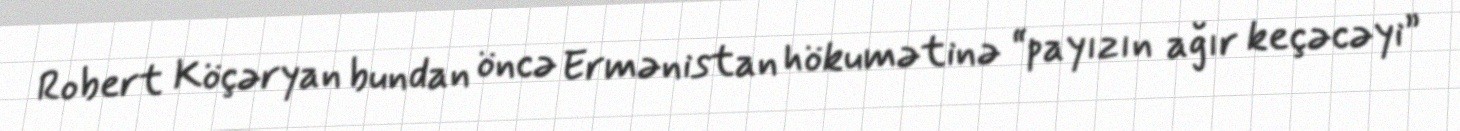
Robert Köçəryan bundan öncə Ermənistan hökumətinə “payızın ağır keçəcəyi”